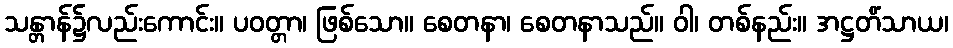
သန္တာန်၌လည်းကောင်း။ ပဝတ္တာ၊ ဖြစ်သော။ စေတနာ၊ စေတနာသည်။ ဝါ၊ တစ်နည်း။ အဋ္ဌတိံသာယ၊